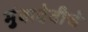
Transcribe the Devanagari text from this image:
मुंबादेवीचे